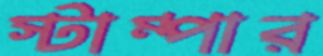
স্টাম্পার